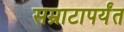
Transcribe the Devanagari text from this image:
सम्राटापर्यंत